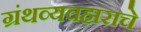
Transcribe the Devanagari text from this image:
ग्रंथव्यवहाराचे